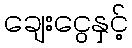
ချေးငွေနှင့်